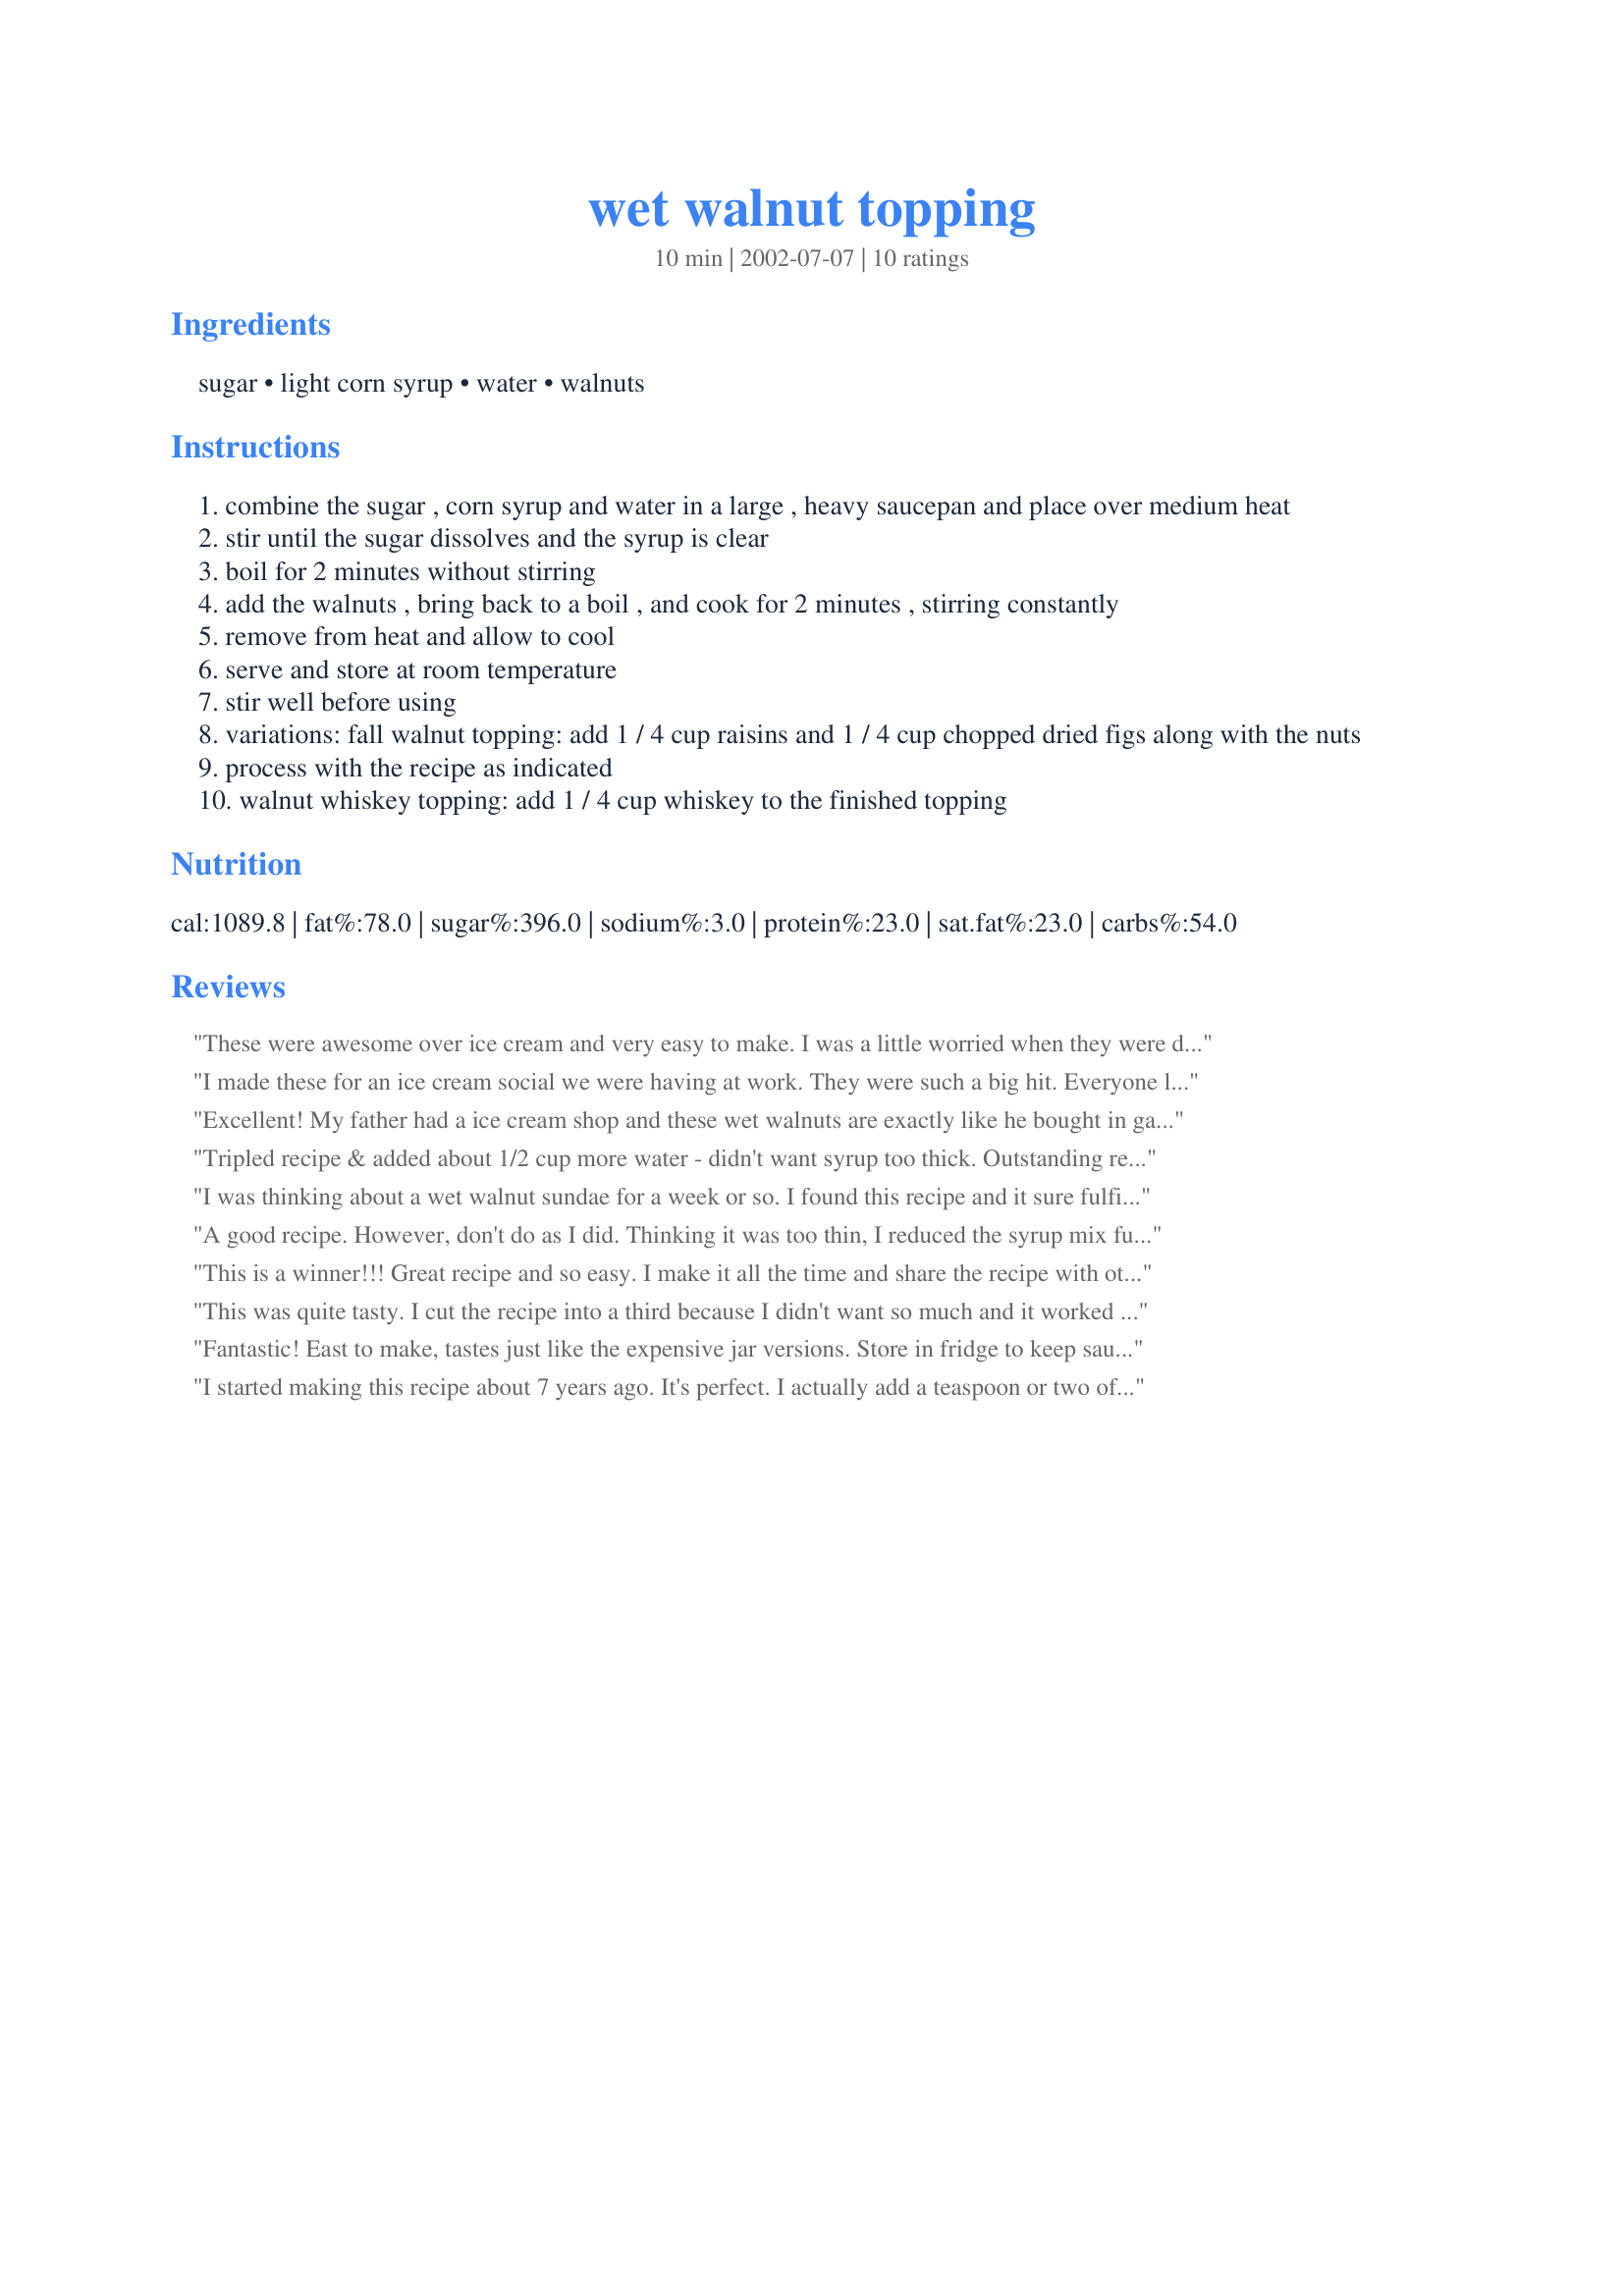
wet walnut topping
Preparation time: 10 minutes

Ingredients:
sugar, light corn syrup, water, walnuts

Steps:
combine the sugar , corn syrup and water in a large , heavy saucepan and place over medium heat
stir until the sugar dissolves and the syrup is clear
boil for 2 minutes without stirring
add the walnuts , bring back to a boil , and cook for 2 minutes , stirring constantly
remove from heat and allow to cool
serve and store at room temperature
stir well before using
variations: fall walnut topping: add 1 / 4 cup raisins and 1 / 4 cup chopped dried figs along with the nuts
process with the recipe as indicated
walnut whiskey topping: add 1 / 4 cup whiskey to the finished topping

Reviews:
These were awesome over ice cream and very easy to make. I was a little worried when they were done because the syrup looked thin, but once it cooled all the way it thickened up. I am storing them in the refrigerator and we have had them twice now...very tasty and sooooo inexpensive compared to the tiny pricey jar in the stores! Thanks for posting this in response to my request so looong ago...I finally got around to making them!
I made these for an ice cream social we were having at work. They were such a big hit. Everyone loved them and wanted to know how I made them. Very easy recipe that taste great; and is much, much cheaper than those "costly" little jars you buy in the stores. This is definitely a recipe I will use again and again. Thanks for posting!!!
Excellent!

My father had a ice cream shop and these wet walnuts are exactly like he bought in gallon jars. These are very expensive to buy. Thanks for sharing the receipe.
Tripled recipe & added about 1/2 cup more water - didn't want syrup too thick. Outstanding recipe! Thanks Jan H. for a real sleeper keeper!
I was thinking about a wet walnut sundae for a week or so. I found this recipe and it sure fulfilled my craving. Very easy to make.
A good recipe. However, don't do as I did. Thinking it was too thin, I reduced the syrup mix further. It got WAY too thick. Had to make another recipe without the nuts and combine the two. Thanks for posting!
This is a winner!!! Great recipe and so easy. I make it all the time and share the recipe with others.
This was quite tasty. I cut the recipe into a third because I didn't want so much and it worked out great!
Fantastic! East to make, tastes just like the expensive jar versions. Store in fridge to keep sauce thick.
I started making this recipe about 7 years ago. It's perfect. I actually add a teaspoon or two of vanilla extract and a scraping of vanilla bean and it perfectly replicates the flavor of the wet walnuts of my youth.
